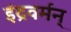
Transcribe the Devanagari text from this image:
इंद्रवर्मन्‌